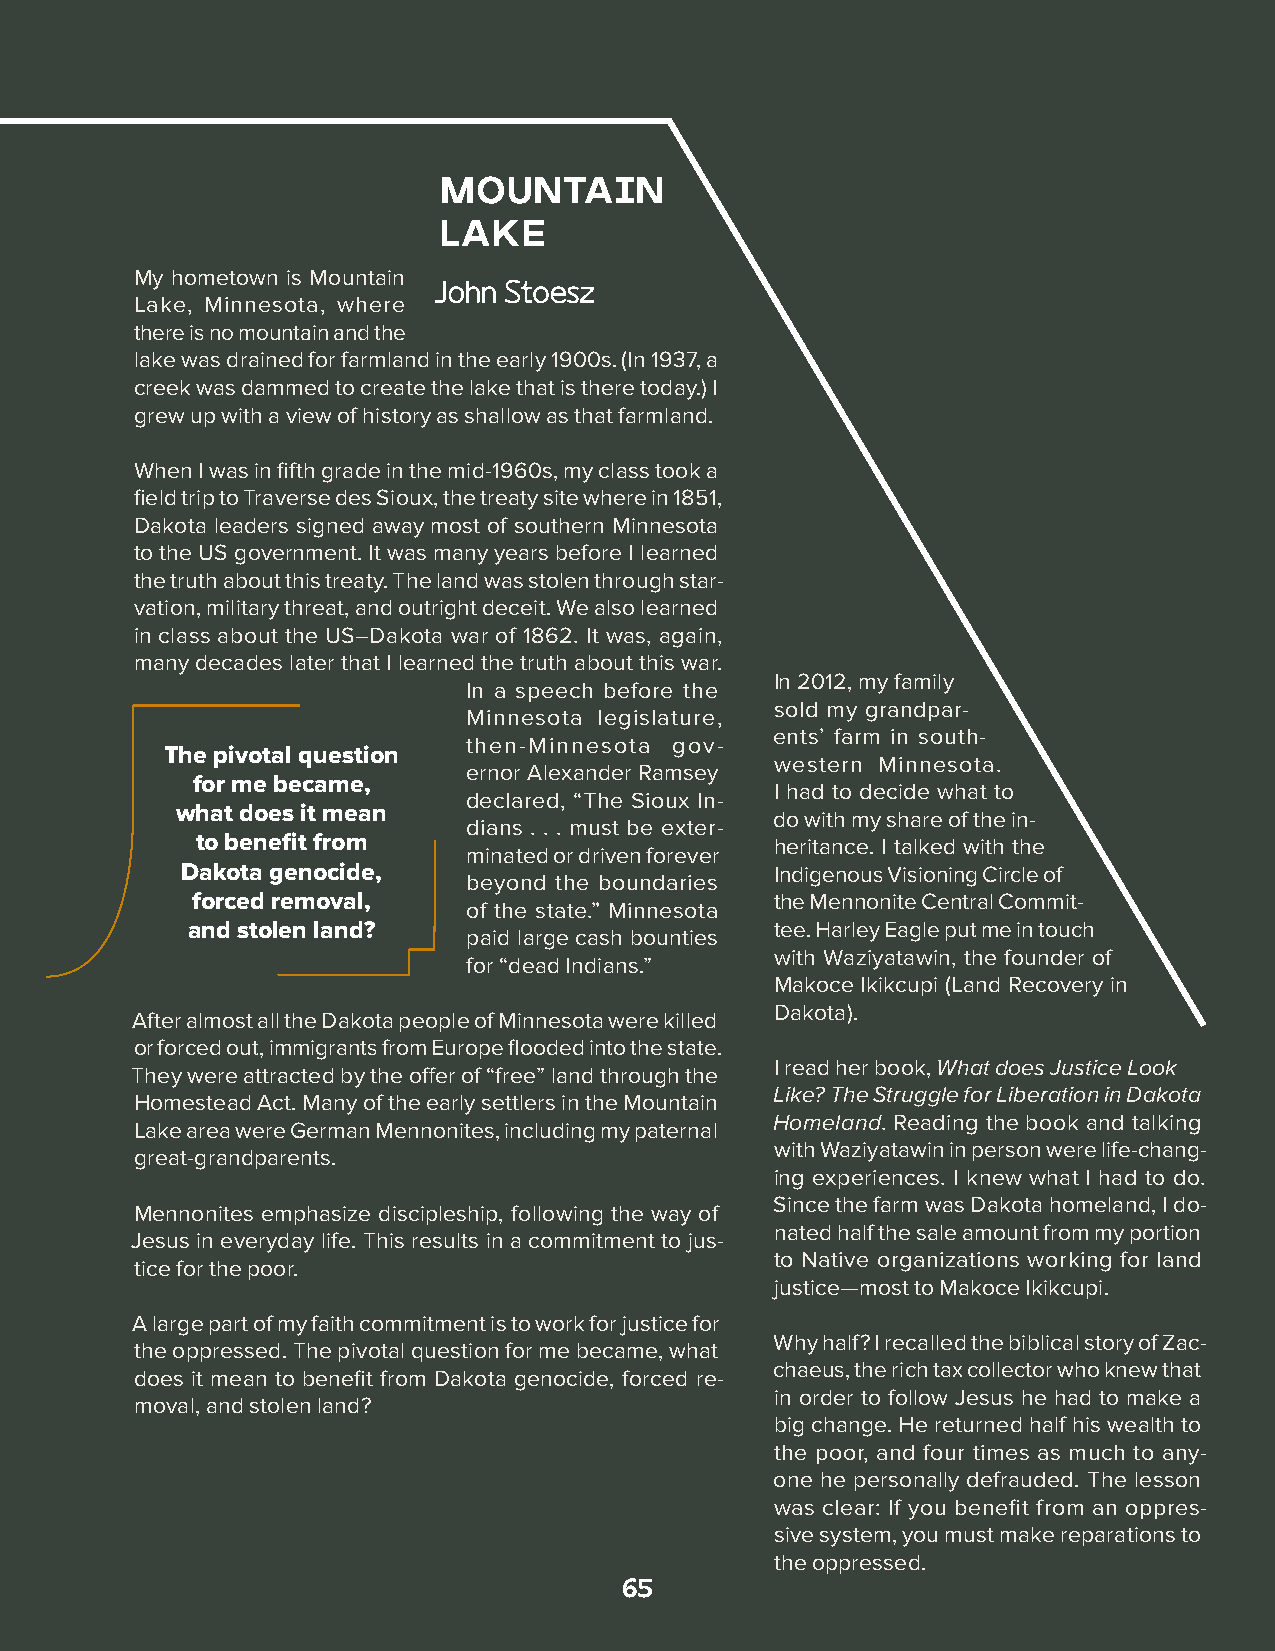
MOUNTAIN
 LAKE
 My hometown is Mountain
 JJoohhnn SSttooeesszz
 Lake, Minnesota, where
 there is no mountain and the
 lake was drained for farmland in the early 1900s. (In 1937, a
 creek was dammed to create the lake that is there today.) I
 grew up with a view of history as shallow as that farmland.
 When I was in fifth grade in the mid-1960s, my class took a
 field trip to Traverse des Sioux, the treaty site where in 1851,
 Dakota leaders signed away most of southern Minnesota
 to the US government. It was many years before I learned
 the truth about this treaty. The land was stolen through star-
 vation, military threat, and outright deceit. We also learned
 in class about the US–Dakota war of 1862. It was, again,
 many decades later that I learned the truth about this war.
 In 2012, my family
 In a speech before the
 sold my grandpar-
 Minnesota legislature,
 ents’ farm in south-
 then-Minnesota gov-
 The pivotal question
 western Minnesota.
 ernor Alexander Ramsey
 for me became,
 I had to decide what to
 declared, “The Sioux In-
 what does it mean
 do with my share of the in-
 dians . . . must be exter-
 to benefit from                       heritance. I talked with the
 minated or driven forever
 Dakota genocide,                       Indigenous Visioning Circle of
 beyond the boundaries
 forced removal,                       the Mennonite Central Commit-
 of the state.” Minnesota
 and stolen land?                       tee. Harley Eagle put me in touch
 paid large cash bounties
 with Waziyatawin, the founder of
 for “dead Indians.”
 Makoce Ikikcupi (Land Recovery in
 Dakota).
 After almost all the Dakota people of Minnesota were killed
 or forced out, immigrants from Europe flooded into the state.
 I read her book, What does Justice Look
 They were attracted by the offer of “free” land through the
 Like? The Struggle for Liberation in Dakota
 Homestead Act. Many of the early settlers in the Mountain
 Homeland. Reading the book and talking
 Lake area were German Mennonites, including my paternal
 with Waziyatawin in person were life-chang-
 great-grandparents.
 ing experiences. I knew what I had to do.
 Since the farm was Dakota homeland, I do-
 Mennonites emphasize discipleship, following the way of
 nated half the sale amount from my portion
 Jesus in everyday life. This results in a commitment to jus-
 to Native organizations working for land
 tice for the poor.
 justice—most to Makoce Ikikcupi.
 A large part of my faith commitment is to work for justice for
 Why half? I recalled the biblical story of Zac-
 the oppressed. The pivotal question for me became, what
 chaeus, the rich tax collector who knew that
 does it mean to benefit from Dakota genocide, forced re-
 in order to follow Jesus he had to make a
 moval, and stolen land?
 big change. He returned half his wealth to
 the poor, and four times as much to any-
 one he personally defrauded. The lesson
 was clear: If you benefit from an oppres-
 sive system, you must make reparations to
 the oppressed.
 65